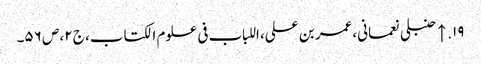
۱۹. ↑ حنبلی نعمانی، عمر بن علی، اللباب فی علوم الکتاب، ج ۲، ص ۵۶۔